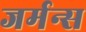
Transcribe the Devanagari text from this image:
जर्मन्स